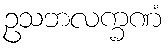
ဥသဘလက္ခဏံ